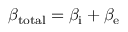
\beta _ { \mathrm { t o t a l } } = \beta _ { \mathrm { i } } + \beta _ { \mathrm { e } }